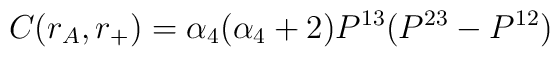
C(r_A ,r_+)=\alpha_4 (\alpha_4 +2)P^{13}(P^{23} -P^{12})